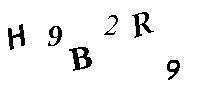
H9B2R9